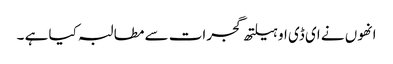
انھوں نے ای ڈی او ہیلتھ گجرات سے مطالبہ کیا ہے ۔